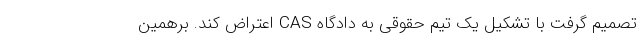
تصمیم گرفت با تشکیل یک تیم حقوقی به دادگاه CAS اعتراض کند. برهمین